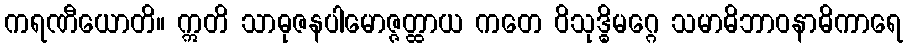
ကရဏီယောတိ။ ဣတိ သာဓုဇနပါမောဇ္ဇတ္ထာယ ကတေ ဝိသုဒ္ဓိမဂ္ဂေ သမာဓိဘာဝနာဓိကာရေ